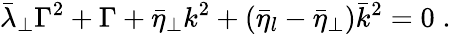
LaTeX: \bar{\lambda}_{\perp}\Gamma^{2}+\Gamma+\bar{\eta}_{\perp}k^{2}+(\bar{\eta}_{l}-\bar{\eta}_{\perp})\bar{k}^{2}=0\; .